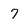
Character: 7